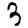
Digit: 3